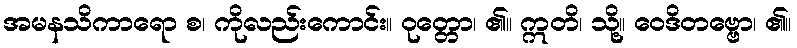
အမနသိကာရော စ၊ ကိုလည်းကောင်း။ ဝုတ္တော၊ ၏။ ဣတိ၊ သို့။ ဝေဒိတဗ္ဗော၊ ၏။